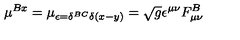
\mu ^ { B x } = \mu _ { \epsilon = \delta ^ { B C } \delta ( x - y ) } = \sqrt { g } \epsilon ^ { \mu \nu } F _ { \mu \nu } ^ { B }